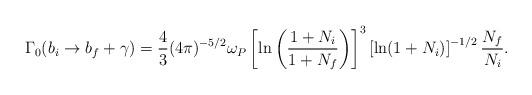
LaTeX: \begin{align*}\Gamma_0(b_i \to b_f + \gamma) = {4 \over 3} (4\pi)^{-5/2} \omega_P \left[ \ln\left({1+N_i\over1+N_f}\right) \right]^3 \left[\ln(1+N_i)\right]^{-1/2} { N_f \over N_i }.\end{align*}